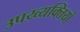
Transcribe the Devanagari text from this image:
उपय्व्यक्तियों